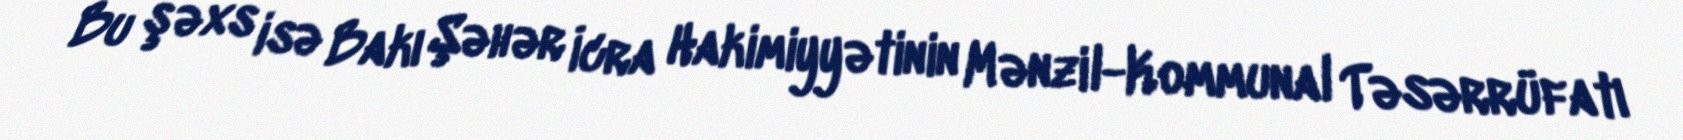
Bu şəxs isə Bakı Şəhər İcra Hakimiyyətinin Mənzil-Kommunal Təsərrüfatı